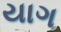
યાગ